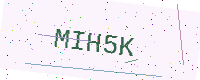
Text: MIH5K